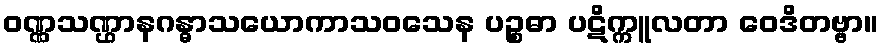
ဝဏ္ဏသဏ္ဌာနဂန္ဓာသယောကာသဝသေန ပဉ္စဓာ ပဋိက္ကူလတာ ဝေဒိတဗ္ဗာ။